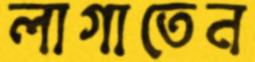
লাগাতেন